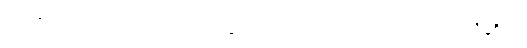
ဥရဂဇာတ်သည်လည်းကောင်း။ ဘဂ္ဂ၊ ဘဂ္ဂဇာတ်သည်လည်းကောင်း။ အလီနစိတ္တ၊